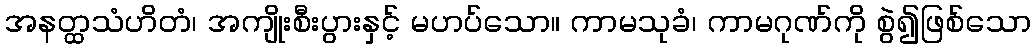
အနတ္ထသံဟိတံ၊ အကျိုးစီးပွားနှင့် မဟပ်သော။ ကာမသုခံ၊ ကာမဂုဏ်ကို စွဲ၍ဖြစ်သော